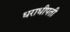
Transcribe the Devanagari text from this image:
धराधीपती